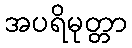
အပရိမုတ္တာ